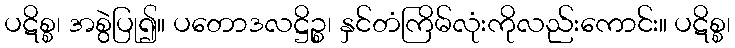
ပဋိစ္စ၊ အစွဲပြု၍။ ပတောဒလဋ္ဌိဉ္စ၊ နှင်တံကြိမ်လုံးကိုလည်းကောင်း။ ပဋိစ္စ၊